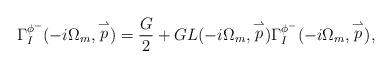
LaTeX: \begin{align*}\Gamma_{I}^{\phi^-}(-i\Omega_m, \stackrel{\rightharpoonup}{p})=\frac{G}{2}+GL(-i\Omega_m, \stackrel{\rightharpoonup}{p})\Gamma_{I}^{\phi^-}(-i\Omega_m, \stackrel{\rightharpoonup}{p}),\end{align*}